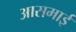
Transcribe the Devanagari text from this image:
आसमाई